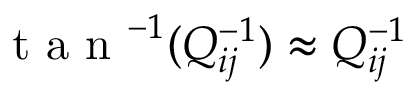
\mathrm { ~ t ~ a ~ n ~ } ^ { - 1 } ( Q _ { i j } ^ { - 1 } ) \approx Q _ { i j } ^ { - 1 }